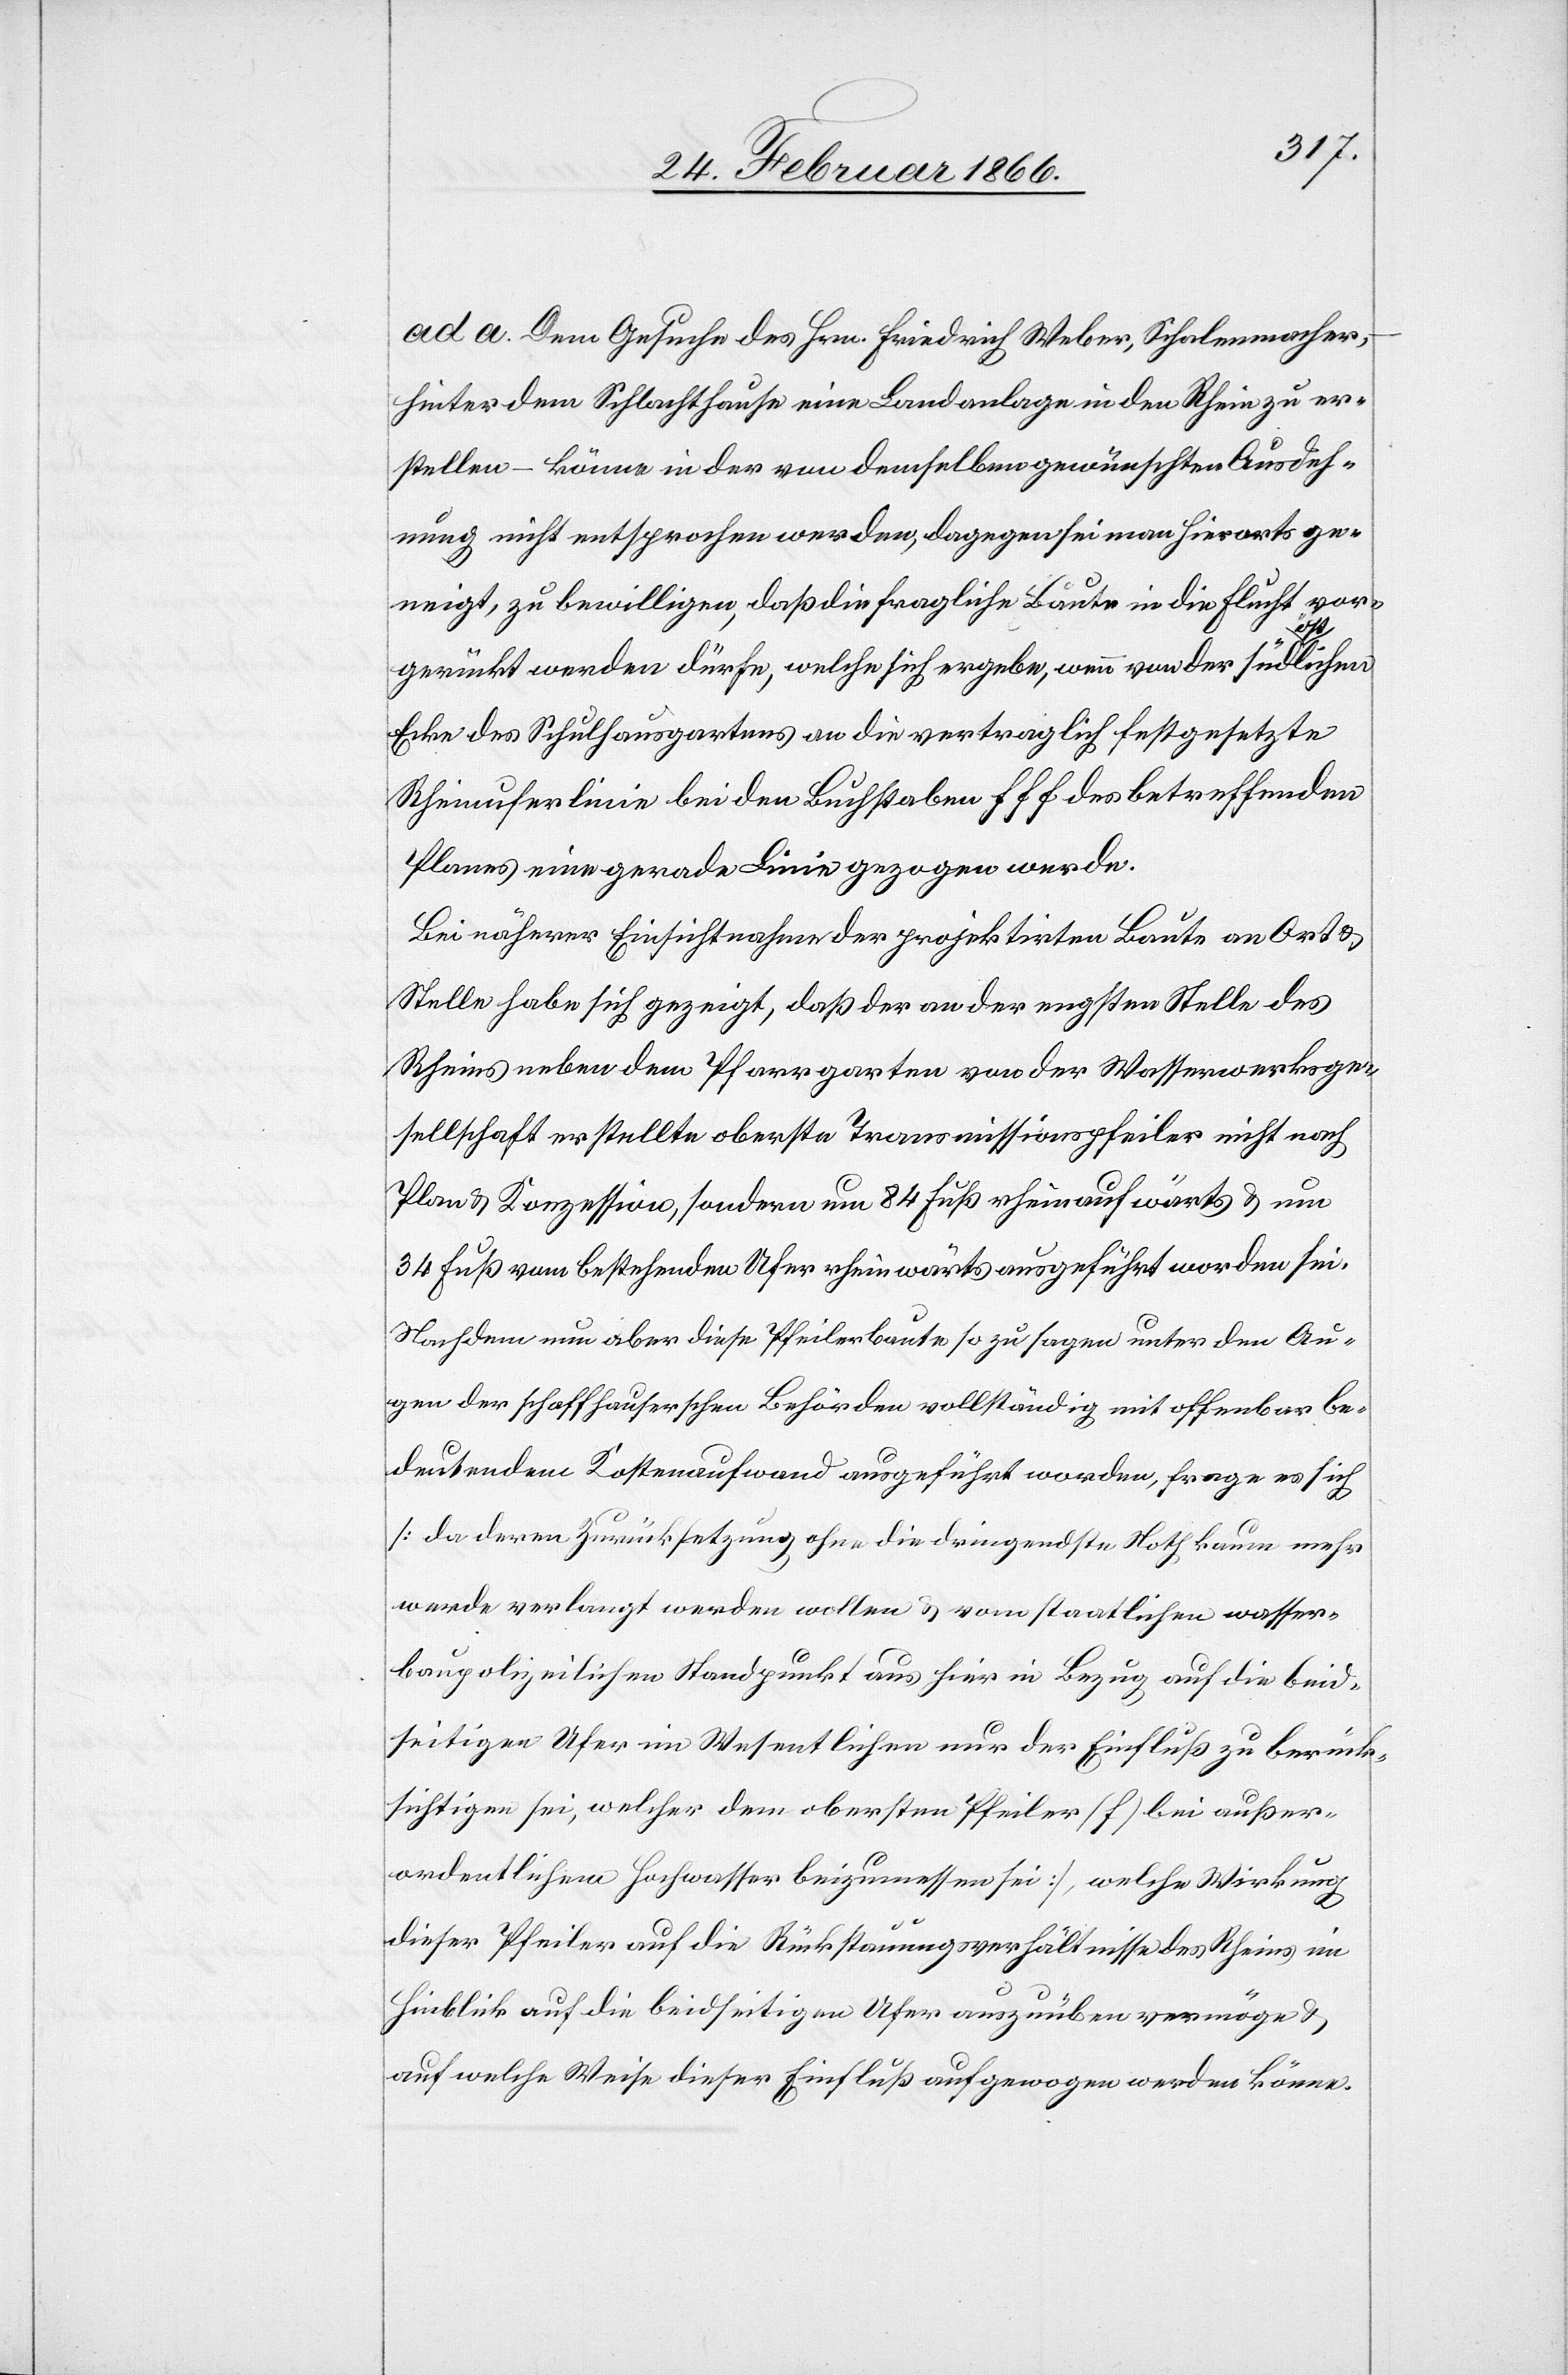
ad a. Dem Gesuche des Hrn. Friedrich Weber, Schalenmacher,
hinter dem Schlachthause eine Landanlage in den Rhein zu erb¬
stellen – könne in der von demselben gewünschten Ausdeh¬
nung nicht entsprochen werden, dagegen sei man hierorts ge¬
neigt, zu bewilligen, daß die fragliche Baute in die Flucht vor¬
gerückt werden dürfe, welche sich ergeben, wenn von der süda-öst-alichen
Ecke des Schulhausgartens an die vertraglich festgesetzte
Rheinuferlinie bei den Buchstaben fff des betreffenden
Planes eine gerade Linie gezogen werde.
Bei näherer Einsichtnahme der projektirten Baute an Ort u.
Stelle habe sich gezeigt, daß der an der engsten Stelle des
Rheins neben dem Pfarrgarten von der Wasserwerksge¬
sellschaft erstellte oberste Transmissionspfeiler nicht nach
Plan u. Konzession, sondern um 84 Fuß rheinaufwärts u. um
34 Fuß vom bestehenden Ufer rheinwärts ausgeführt worden sei.
Nachdem nun aber diese Pfeilerbaute so zusagen unter den Au¬
gen der schaffhauserschen Behörden vollständig mit offenbar be¬
deutendem Kostenaufwand ausgeführt worden, frage es sich
[da deren Zurücksetzung, ohne die dringendsten Noth kaum mehr
werde verlangt werden wollen u. vom staatlichen wasser¬
baupolizeilichen Standpunkt aus hier in Bezug auf die beid¬
seitigen Ufer im Wesentlichen nur der Einfluß zu berück¬
sichtigen sei, welcher dem obersten Pfeiler (f) bei außer¬
ordentlichem Hochwasser beizumessen sei], welche Wirkung
dieser Pfeiler auf die Rückstauungsverhätlnisse des Rheins im
Hinblick auf die beidseitigen Ufer auszuüben vermöge u.
auf welche Weise dieser Einfluß aufgewogen werden könne.